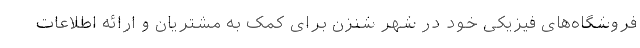
فروشگاه‌های فیزیکی خود در شهر شنزن برای کمک به مشتریان و ارائه اطلاعات